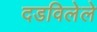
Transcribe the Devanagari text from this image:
दडविलेले